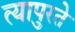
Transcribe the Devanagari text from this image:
त्यापुरते